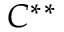
C ^ { * * }